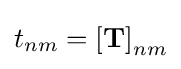
t_{nm}=\left[\mathbf {T} \right]_{nm}